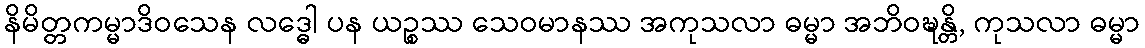
နိမိတ္တကမ္မာဒိဝသေန လဒ္ဓေါ ပန ယဉ္စဿ သေဝမာနဿ အကုသလာ ဓမ္မာ အဘိဝဍ္ဎန္တိ, ကုသလာ ဓမ္မာ